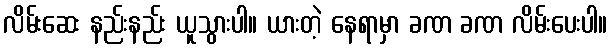
လိမ်းဆေး နည်းနည်း ယူသွားပါ။ ယားတဲ့ နေရာမှာ ခဏ ခဏ လိမ်းပေးပါ။